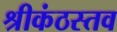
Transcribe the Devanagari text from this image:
श्रीकंठस्तव